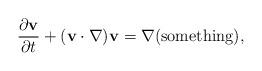
LaTeX: \begin{align*}\frac{\partial {\bf v}}{\partial t}+({\bf{v}}\cdot\nabla) {\bf v}=\nabla ({\rm something}),\end{align*}